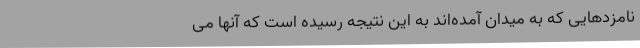
نامزدهایی که به میدان آمده‌اند به این نتیجه رسیده است که آنها می‌